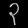
Digit: ၃